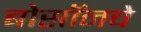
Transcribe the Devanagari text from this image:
बोसॉनचे